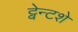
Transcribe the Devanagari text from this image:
ट्वेन्टशे